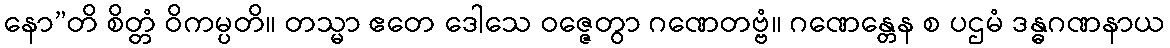
နော”တိ စိတ္တံ ဝိကမ္ပတိ။ တသ္မာ ဧတေ ဒေါသေ ဝဇ္ဇေတွာ ဂဏေတဗ္ဗံ။ ဂဏေန္တေန စ ပဌမံ ဒန္ဓဂဏနာယ